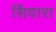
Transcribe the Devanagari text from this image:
सिंदारा